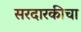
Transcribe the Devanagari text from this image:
सरदारकीचा